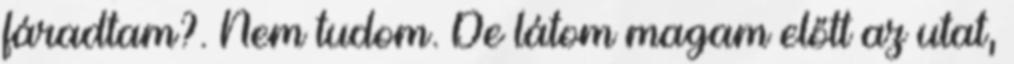
fáradtam?. Nem tudom. De látom magam előtt az utat,